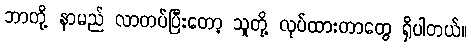
ဘာတို့ နာမည် လာတပ်ပြီးတော့ သူတို့ လုပ်ထားတာတွေ ရှိပါတယ်။